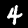
Digit: 4